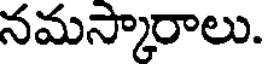
నమస్కారాలు.